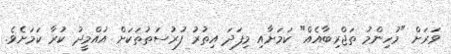
ވަރަށް "މުހިންމު ތަޖްރިބާއެއް" ކަމަށާއި މިފަދަ އިތުރު ފުރުސަތުތަކަށް އުއްމީދު ކުރާ ކަމަށެވެ.